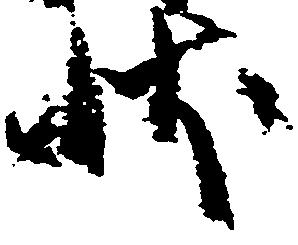
状